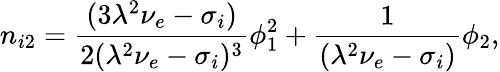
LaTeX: n_{i2}=\frac{(3\lambda^{2}\nu_{e}-\sigma_{i})}{2(\lambda^{2}\nu_{e}-\sigma_{i})^{3}}\phi_{1}^{2}+\frac{1}{(\lambda^{2}\nu_{e}-\sigma_{i})}\phi_{2},